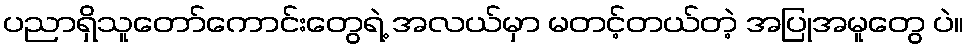
ပညာရှိသူတော်ကောင်းတွေရဲ့ အလယ်မှာ မတင့်တယ်တဲ့ အပြုအမူတွေ ပဲ။